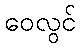
ဝေလွင်